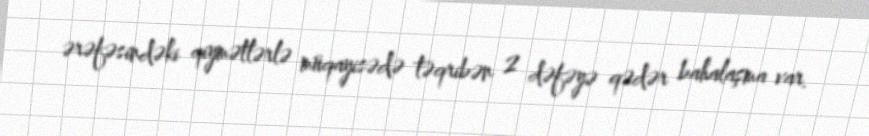
ərəfəsindəki qiymətlərlə müqayisədə təqribən 2 dəfəyə qədər bahalaşma var.